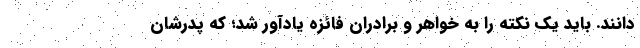
دانند. باید یک نکته را به خواهر و برادران فائزه یادآور شد؛ که پدرشان